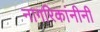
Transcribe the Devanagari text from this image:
नागरिकांनीनी